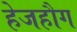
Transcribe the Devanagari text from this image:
हेजहौग